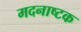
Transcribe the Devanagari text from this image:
मदनाष्टक